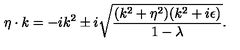
\eta \cdot k = - i k ^ { 2 } \pm i \sqrt { { \frac { ( k ^ { 2 } + \eta ^ { 2 } ) ( k ^ { 2 } + i \epsilon ) } { 1 - \lambda } } } .